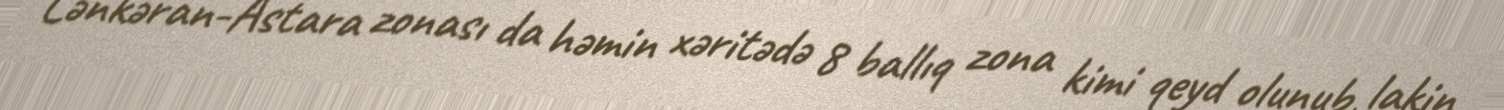
Lənkəran-Astara zonası da həmin xəritədə 8 ballıq zona kimi qeyd olunub, lakin